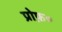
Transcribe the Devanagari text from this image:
प्रोफ़०